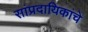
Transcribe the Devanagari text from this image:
सांप्रदायिकांचे